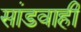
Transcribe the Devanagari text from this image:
सांडवाही